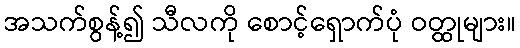
အသက်စွန့်၍ သီလကို စောင့်ရှောက်ပုံ ဝတ္ထုများ။